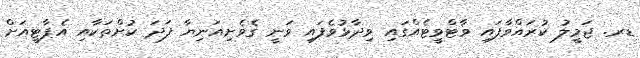
ޑރ. ޖަމީލު ކުރައްވާފައި ވާޓްވީޓެއްގައި ވިދާޅުވެފައި ވަނީ ގެވެށިއަނިޔާ ފަދަ ކުށްތަކާއި އެޕާޓީއަށް